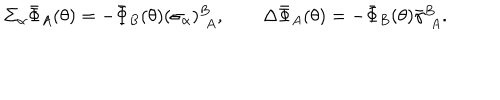
\Sigma _ { \alpha } \bar { \Phi } _ { A } ( \theta ) = - \bar { \Phi } _ { B } ( \theta ) ( \sigma _ { \alpha } ) _ { ~ ~ \! A } ^ { B } , \qquad \Delta \bar { \Phi } _ { A } ( \theta ) = - \bar { \Phi } _ { B } ( \theta ) { \bar { \gamma } } _ { ~ ~ \! A } ^ { B } .